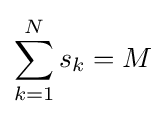
\sum _{k=1}^{N}s_{k}=M